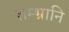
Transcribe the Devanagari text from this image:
शम्भ्रानि